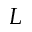
L